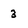
Character: 3